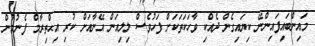
މައިންބައިފައިންނޭ ކިޔައިގެން ދެއްކި ވާހަކަތަކަށް ފަހުވެސް ލިލިއަން އޭނާއަށް ކުރި އިޙްތިރާމް ފެނުމުން